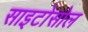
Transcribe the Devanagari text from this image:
साइटोसोल